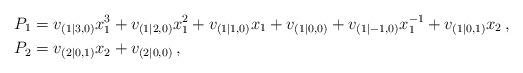
LaTeX: \begin{align*} P_1 & = v_{(1|3,0)} x^3_1 + v_{(1|2,0)} x^2_1 + v_{(1|1,0)} x_1 + v_{(1|0,0)} + v_{(1|-1,0)} x_1^{-1} + v_{(1|0,1)} x_2 \,,\\ P_2 & = v_{(2|0,1)} x_2 + v_{(2|0,0)} \,, \end{align*}